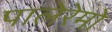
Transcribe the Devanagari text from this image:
पालेरेमो